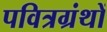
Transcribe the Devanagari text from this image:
पवित्रग्रंथों